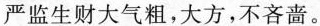
严监生财大气粗,大方,不吝音。